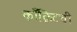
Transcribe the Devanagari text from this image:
काँक्रिटची